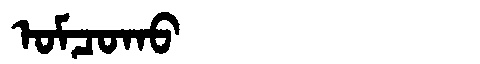
Manchu: ᠣᠮᠴᠣᡴᠣ
Romanization: OMCOKO